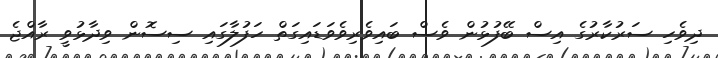
ދިވެހި ސަރުކާރުގެ އިސް ބޭފުޅުން ވެސް ބައިވެރިވެވަޑައިގަތް ހަފުލާގައި ސިސޮން ވިދާޅުވީ ރާއްޖެ